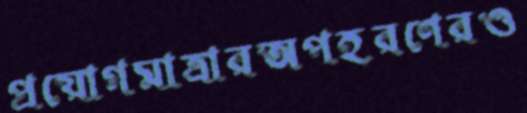
প্রয়োগমাত্রারঅপহরণেরও